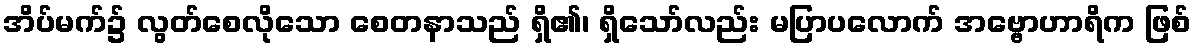
အိပ်မက်၌ လွတ်စေလိုသော စေတနာသည် ရှိ၏၊ ရှိသော်လည်း မပြာပလောက် အဗ္ဗောဟာရိက ဖြစ်